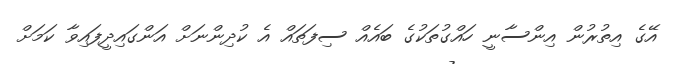
އޭގެ އިތުރުން އިންސާނީ ހައްގުތަކުގެ ބައެއް ސިފަތައް އެ ކުދިންނަށް އަންގައިދީފައިވާ ކަމަށް